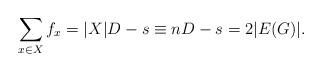
LaTeX: \begin{align*}\sum_{x\in X}f_x = |X|D-s \equiv nD-s = 2|E(G)|.\end{align*}